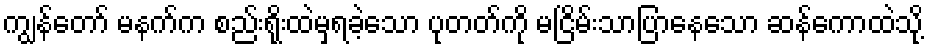
ကျွန်တော် မနက်က စည်းရိုးထဲမှရခဲ့သော ပုတတ်ကို မငြိမ်းသာပြာနေသော ဆန်ကောထဲသို့